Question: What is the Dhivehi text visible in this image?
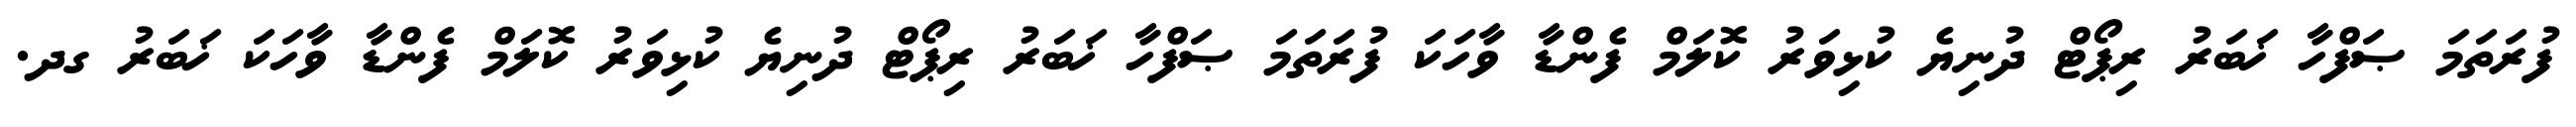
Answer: ފުރަތަމަ ޞަފްހާ ޚަބަރު ރިޕޯޓް ދުނިޔެ ކުޅިވަރު ކޮލަމް ފެންޑާ ވާހަކަ ފުރަތަމަ ޞަފްހާ ޚަބަރު ރިޕޯޓް ދުނިޔެ ކުޅިވަރު ކޮލަމް ފެންޑާ ވާހަކަ ޚަބަރު ގދ.